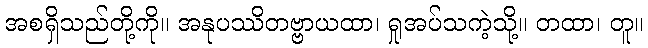
အစရှိသည်တို့ကို။ အနုပဿိတဗ္ဗာယထာ၊ ရှုအပ်သကဲ့သို့။ တထာ၊ တူ။